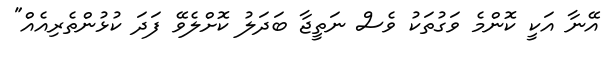
އޭނާ އަކީ ކޮންމެ ވަގުތަކު ވެސް ނަތީޖާ ބަދަލު ކޮށްލެވޭ ފަދަ ކުޅުންތެރިއެއް"